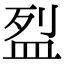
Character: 𥁟